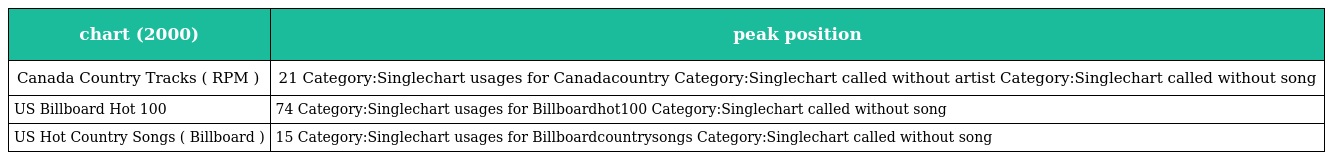
| chart (2000) | peak position |
 | --- | --- |
 | Canada Country Tracks ( RPM ) | 21 Category:Singlechart usages for Canadacountry Category:Singlechart called without artist Category:Singlechart called without song |
 | US Billboard Hot 100 | 74 Category:Singlechart usages for Billboardhot100 Category:Singlechart called without song |
 | US Hot Country Songs ( Billboard ) | 15 Category:Singlechart usages for Billboardcountrysongs Category:Singlechart called without song |